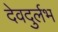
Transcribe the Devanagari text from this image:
देवदुर्लभ